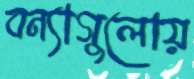
বন্যাগুলোয়